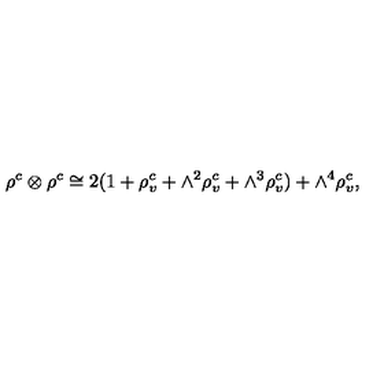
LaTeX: \rho ^ { c } \otimes \rho ^ { c } \cong 2 ( 1 + \rho _ { v } ^ { c } + \wedge ^ { 2 } \rho _ { v } ^ { c } + \wedge ^ { 3 } \rho _ { v } ^ { c } ) + \wedge ^ { 4 } \rho _ { v } ^ { c } ,